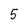
Character: 5